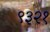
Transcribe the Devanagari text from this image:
९३२१